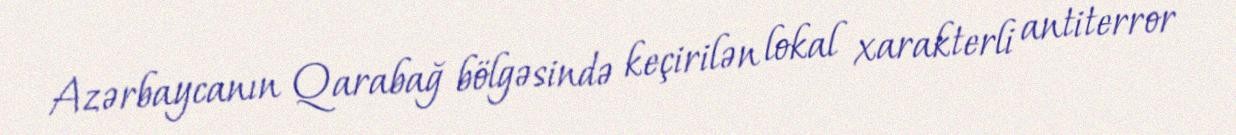
Azərbaycanın Qarabağ bölgəsində keçirilən lokal xarakterli antiterror